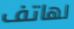
لهاتف